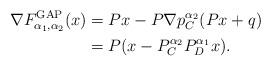
LaTeX: \begin{align*}\nabla F_{\alpha_1,\alpha_2}^{\rm{GAP}}(x)&= Px-P\nabla p_C^{\alpha_2}(Px+q)\\&=P(x-P_C^{\alpha_2}P_D^{\alpha_1}x).\end{align*}